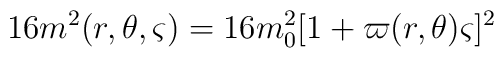
16m^{2}(r,\theta ,\varsigma )=16m_{0}^{2}[1+\varpi (r,\theta )\varsigma ]^{2}